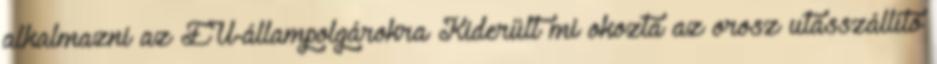
alkalmazni az EU-állampolgárokra Kiderült mi okozta az orosz utasszállító